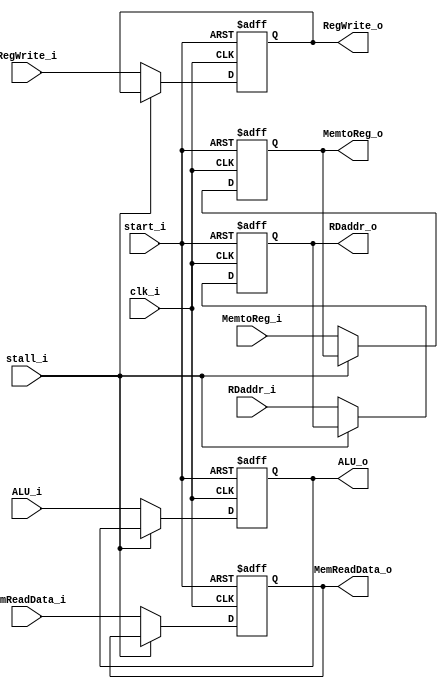
module MEM_WB(
	clk_i,
	start_i,

	stall_i,

	RegWrite_i,
	RegWrite_o,
	MemtoReg_i,
	MemtoReg_o,

	ALU_i,
	ALU_o,
	MemReadData_i,
	MemReadData_o,

	RDaddr_i,
	RDaddr_o
);

input clk_i, start_i, stall_i;

input RegWrite_i, MemtoReg_i;
output reg RegWrite_o, MemtoReg_o;

input [31:0] ALU_i, MemReadData_i;
output reg [31:0] ALU_o, MemReadData_o;

input [4:0] RDaddr_i;
output reg [4:0] RDaddr_o;

always @(posedge clk_i or negedge start_i) begin
	if (!start_i) begin
		RegWrite_o <= 0;
		MemtoReg_o <= 0;
		ALU_o <= 0;
		MemReadData_o <= 0;
		RDaddr_o <= 0;
	end
	else begin
		if (!stall_i) begin
			RegWrite_o <= RegWrite_i;
			MemtoReg_o <= MemtoReg_i;
			ALU_o <= ALU_i;
			MemReadData_o <= MemReadData_i;
			RDaddr_o <= RDaddr_i;
		end
	end
end

endmodule